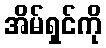
အိမ်ရှင်ကို